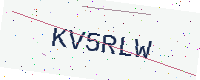
Text: KV5RLW